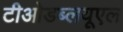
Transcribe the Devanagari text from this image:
टीओडब्लयूएल